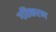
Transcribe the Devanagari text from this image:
गतिकरण